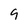
Character: 9